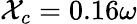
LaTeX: \mathcal{X}_{c}=0.16\omega